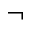
\neg